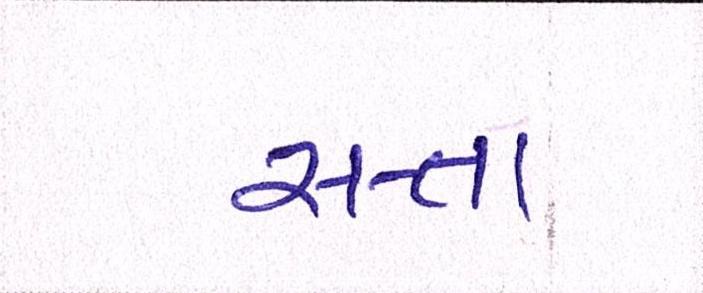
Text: સત્તા